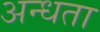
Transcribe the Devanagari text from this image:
अन्‍धता